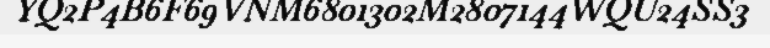
YQ2P4B6F69VNM6801302M2807144WQU24SS3